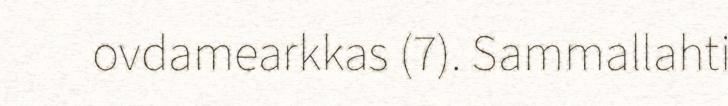
ovdamearkkas (7). Sammallahti